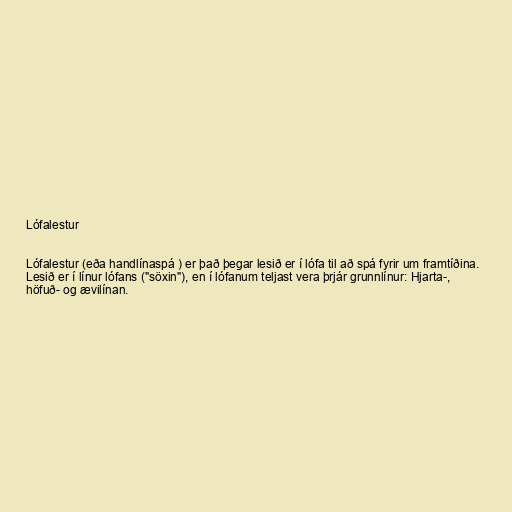
Lófalestur

Lófalestur (eða handlínaspá ) er það þegar lesið er í lófa til að spá fyrir um framtíðina.
Lesið er í línur lófans ("söxin"), en í lófanum teljast vera þrjár grunnlínur: Hjarta-,
höfuð- og ævilínan.